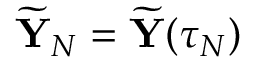
\widetilde { { \mathbf Y } } _ { N } = \widetilde { { \mathbf Y } } ( \tau _ { N } )